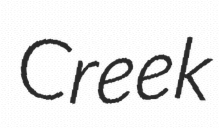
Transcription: Creek